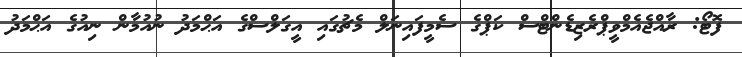
ފޮޓޯ: ރާއްޖެއެމްވީޕްރެޒިޑެންޓްސް ކަޕްގެ ސެމީފައިނަލް މެޗުގައި އީގަލްސްގެ އަޙްމަދު ނުއުމާން ނިއުގެ އަޙްމަދު